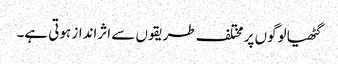
گٹھیا لوگوں پر مختلف طریقوں سے اثرانداز ہوتی ہے۔